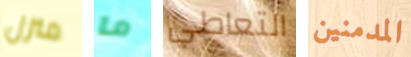
منزل ما التعاطي المدمنين